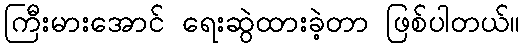
ကြီးမားအောင် ရေးဆွဲထားခဲ့တာ ဖြစ်ပါတယ်။